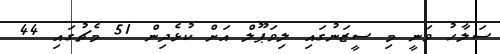
ސަލާހު ވަނީ މި ސީޒަނުގައި ލިވަޕޫލް އަށް ކުޅެދިން 51 މެޗުގައި 44